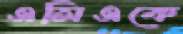
এসিএকে